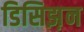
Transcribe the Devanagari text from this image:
डिसिझ़न